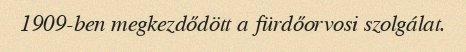
1909-ben megkezdődött a fürdőorvosi szolgálat.